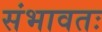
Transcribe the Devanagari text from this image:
संभावतः